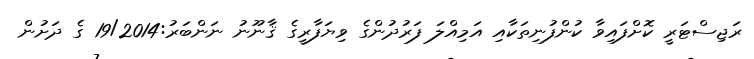
ރަޖިސްޓަރީ ކޮށްފައިވާ ކުންފުނިތަކާއި އަމިއްލަ ފަރުދުންގެ ވިޔަފާރީގެ ޤާނޫނު ނަންބަރު:19/2014 ގެ ދަށުން